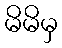
မိမိမှ